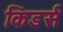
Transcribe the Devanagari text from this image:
किंडर्स